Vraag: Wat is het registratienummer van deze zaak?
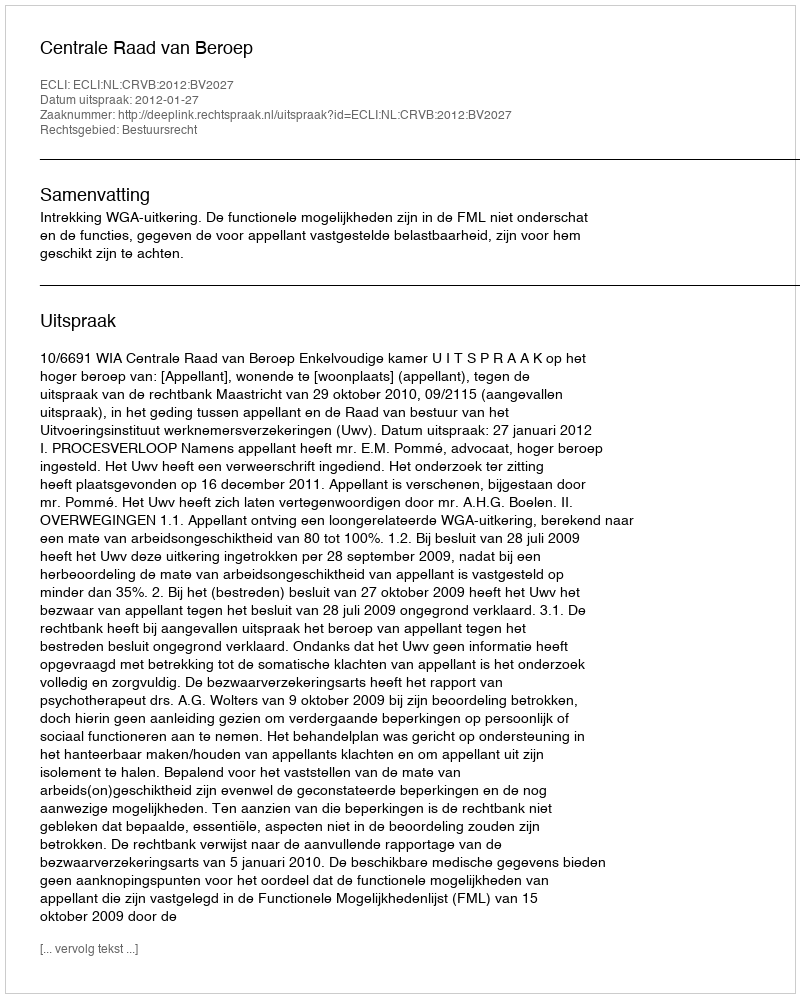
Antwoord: http://deeplink.rechtspraak.nl/uitspraak?id=ECLI:NL:CRVB:2012:BV2027